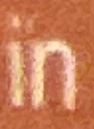
in